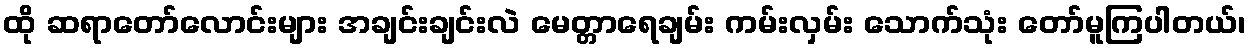
ထို ဆရာတော်လောင်းများ အချင်းချင်းလဲ မေတ္တာရေချမ်း ကမ်းလှမ်း သောက်သုံး တော်မူကြပါတယ်၊